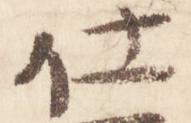
仕